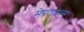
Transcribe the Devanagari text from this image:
मेपटाइल्स